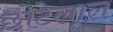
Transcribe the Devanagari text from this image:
छाेटेलाल